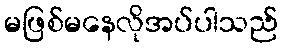
မဖြစ်မနေလိုအပ်ပါသည်